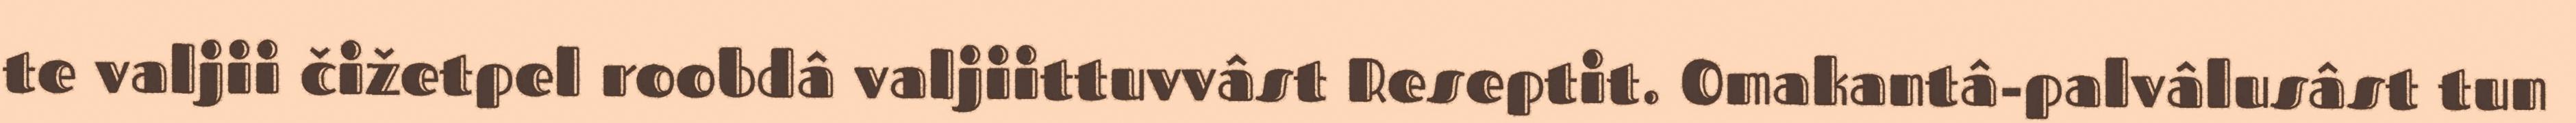
te valjii čižetpel roobdâ valjiittuvvâst Reseptit. Omakantâ-palvâlusâst tun